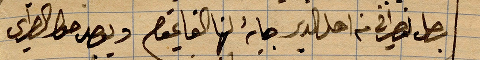
يصل نصراني من اهل الدير جاية لها القايمقم ...